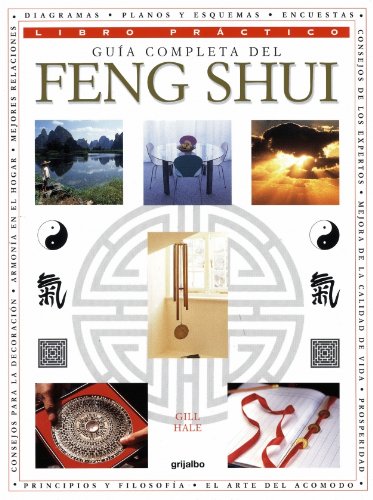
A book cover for Guia completa del Feng Shui / Complete Guide of Feng Shui (Spanish Edition); Hale Gill; Religion & Spirituality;